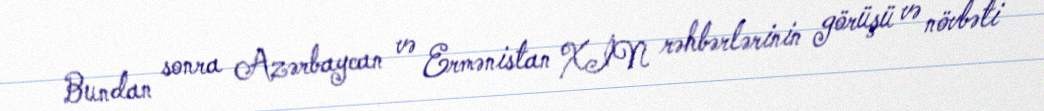
Bundan sonra Azərbaycan və Ermənistan XİN rəhbərlərinin görüşü və növbəti